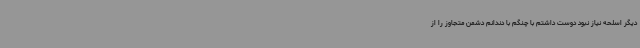
دیگر اسلحه نیاز نبود دوست داشتم با چنگم با دندانم دشمن متجاوز را از